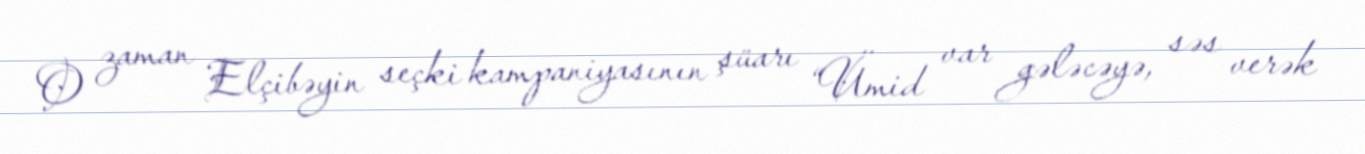
O zaman Elçibəyin seçki kampaniyasının şüarı “Ümid var gələcəyə, səs verək